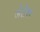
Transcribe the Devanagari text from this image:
जेतेश